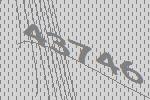
43746